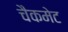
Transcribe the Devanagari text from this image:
चैकमेट